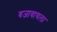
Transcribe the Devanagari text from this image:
बजावायला